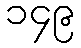
၁၄၉